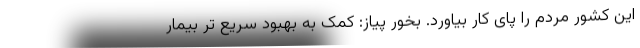
این کشور مردم را پای کار بیاورد. بخور پیاز: کمک به بهبود سریع تر بیمار